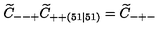
\widetilde { C } _ { -- + } \widetilde { C } _ { + + ( 5 1 \mid 5 1 ) } = \widetilde { C } _ { - + - }